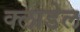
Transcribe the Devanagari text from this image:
क्लाडेल